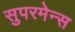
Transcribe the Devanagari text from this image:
सुपरमेन्स